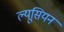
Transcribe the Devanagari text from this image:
ल्यूसियन